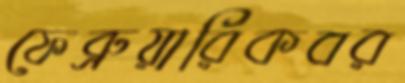
ফেব্রুয়ারিকবর